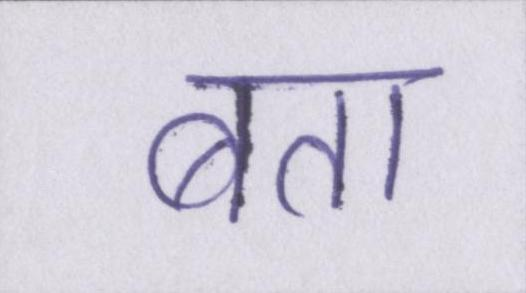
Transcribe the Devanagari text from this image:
बता